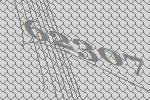
62307